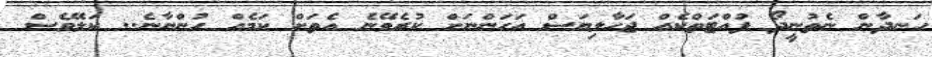
ހަނދާން ނެތުނީދޯ ފުއްޓަތްކެއް ޖަހާލިޔަސް އަހަންނަށް ކުރެވޭނެ އެތަށް ކަމެއް ހުންނާނެ.. ކަލޭވެސް